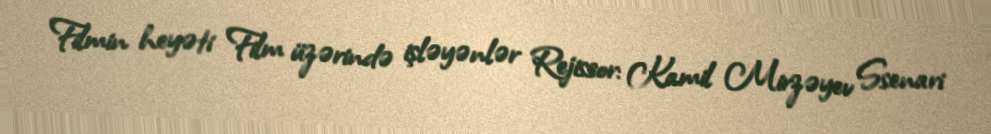
Filmin heyəti Film üzərində işləyənlər Rejissor: Kamil Mirzəyev Ssenari